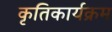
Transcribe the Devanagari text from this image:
कृतिकार्यक्रम